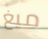
ميغ